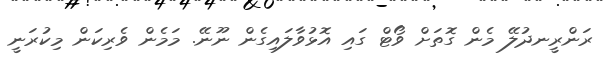
ރަންރީނދުލޭ މެން ގޮތަށް ވޯޓް ގައި އޮޅުވާލައިގެން ނޫނޭ. މަމެން ވެރިކަން މިކުރަނީ